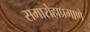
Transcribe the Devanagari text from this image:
समारोहाप्रमाणे